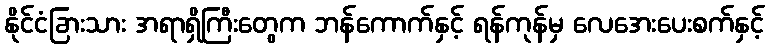
နိုင်ငံခြားသား အရာရှိကြီးတွေက ဘန်ကောက်နှင့် ရန်ကုန်မှ လေအေးပေးစက်နှင့်